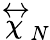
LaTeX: \stackrel{\leftrightarrow}{\chi}_{N}